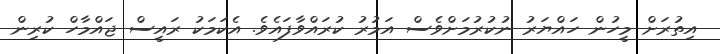
އިތުރަށް މީހުން ހައްޔަރު ނުކުރުމަށްވެސް އަމުރު ކުރައްވާފައެވެ. އެކަމަކު ރައީސް ޖައްމާހް ކުރިން